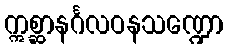
ဣစ္ဆာနင်္ဂလဝနသဏ္ဍော